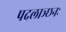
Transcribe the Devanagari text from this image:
पदलाञ्छनः